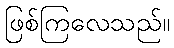
ဖြစ်ကြလေသည်။